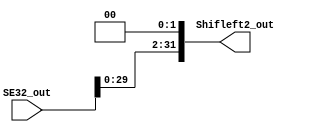
module shift_left_2(
    input wire [31:0] SE32_out,
    output wire [31:0] Shifleft2_out
);

    assign Shifleft2_out = SE32_out << 2; 

endmodule